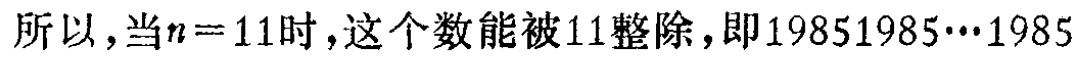
所以，当\(n = 11\)时，这个数能被\(11\)整除，即\(19851985\cdots1985\)